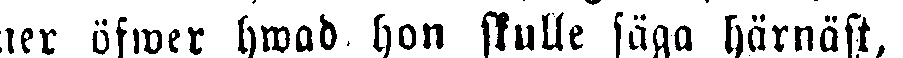
mer öfwer hwad hon skulle säga härnäst,